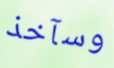
وسآخذ